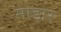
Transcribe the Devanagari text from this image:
माडार